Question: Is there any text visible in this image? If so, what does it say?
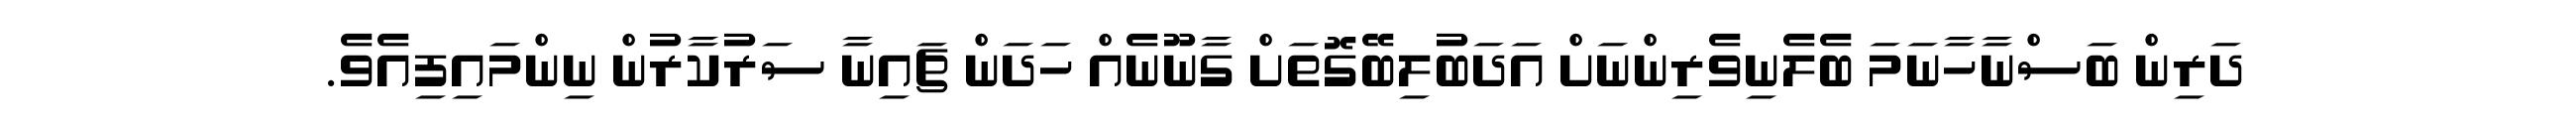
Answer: ދަރިން ބަސްނާހާނަމަ ބެލެނިވެރިންނަށް އަދަބުލިބޭގޮތަށް ގާނޫނެއް ހަދަން ޗައިނާ ސަރުކާރުން ނިންމައިފިއެވެ.